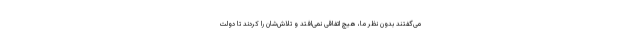
می‌گفتند بدون نظر ما، هیچ اتفاقی نمی‌افتد و تلاش‌شان را کردند تا دولت